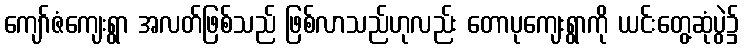
ကျော်ဇံကျေးရွာ အလတ်ဖြစ်သည် ဖြစ်လာသည်ဟုလည်း တောပုကျေးရွာကို ယင်းတွေ့ဆုံပွဲ၌